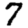
Digit: 7